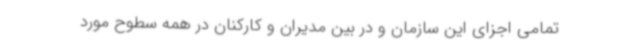
تمامی اجزای این سازمان و در بین مدیران و کارکنان در همه سطوح مورد